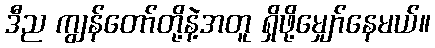
ဒီည ကျွန်တော်တို့နဲ့အတူ ရှိဖို့မျှော်နေမယ်။